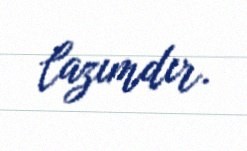
lazımdır.